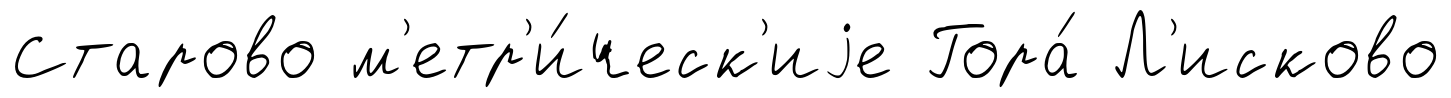
Старово м'етр'и́ческ'иjе Гора́ Л'исково